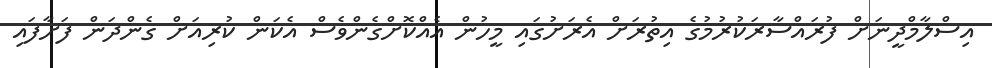
އިސްލާމްދީނަށް ފުރައްސާރަކުރުމުގެ އިތުރަށް އެރަށުގައި މީހުން އެއްކޮށްގެންވެސް އެކަން ކުރިއަށް ގެންދަން ފަށާފައި